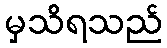
မှသိရသည်